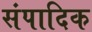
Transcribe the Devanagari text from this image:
संपादिक